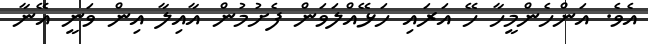
އެވެ. އަންހެންމީހާ ހޭ އަރައި ހަޅޭއްލަވަން ފެށުމުން އާއިލާ އިން ވަނީ އޭނާ